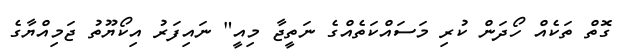
ގޮތް ތަކެއް ހޯދަން ކުރި މަސައްކަތެއްގެ ނަތީޖާ މިއީ" ނައިފަރު އިކޯޔޫތު ޖަމިއްޔާގެ